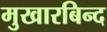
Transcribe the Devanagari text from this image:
मुखारबिन्द